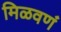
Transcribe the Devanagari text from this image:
मिळवणं